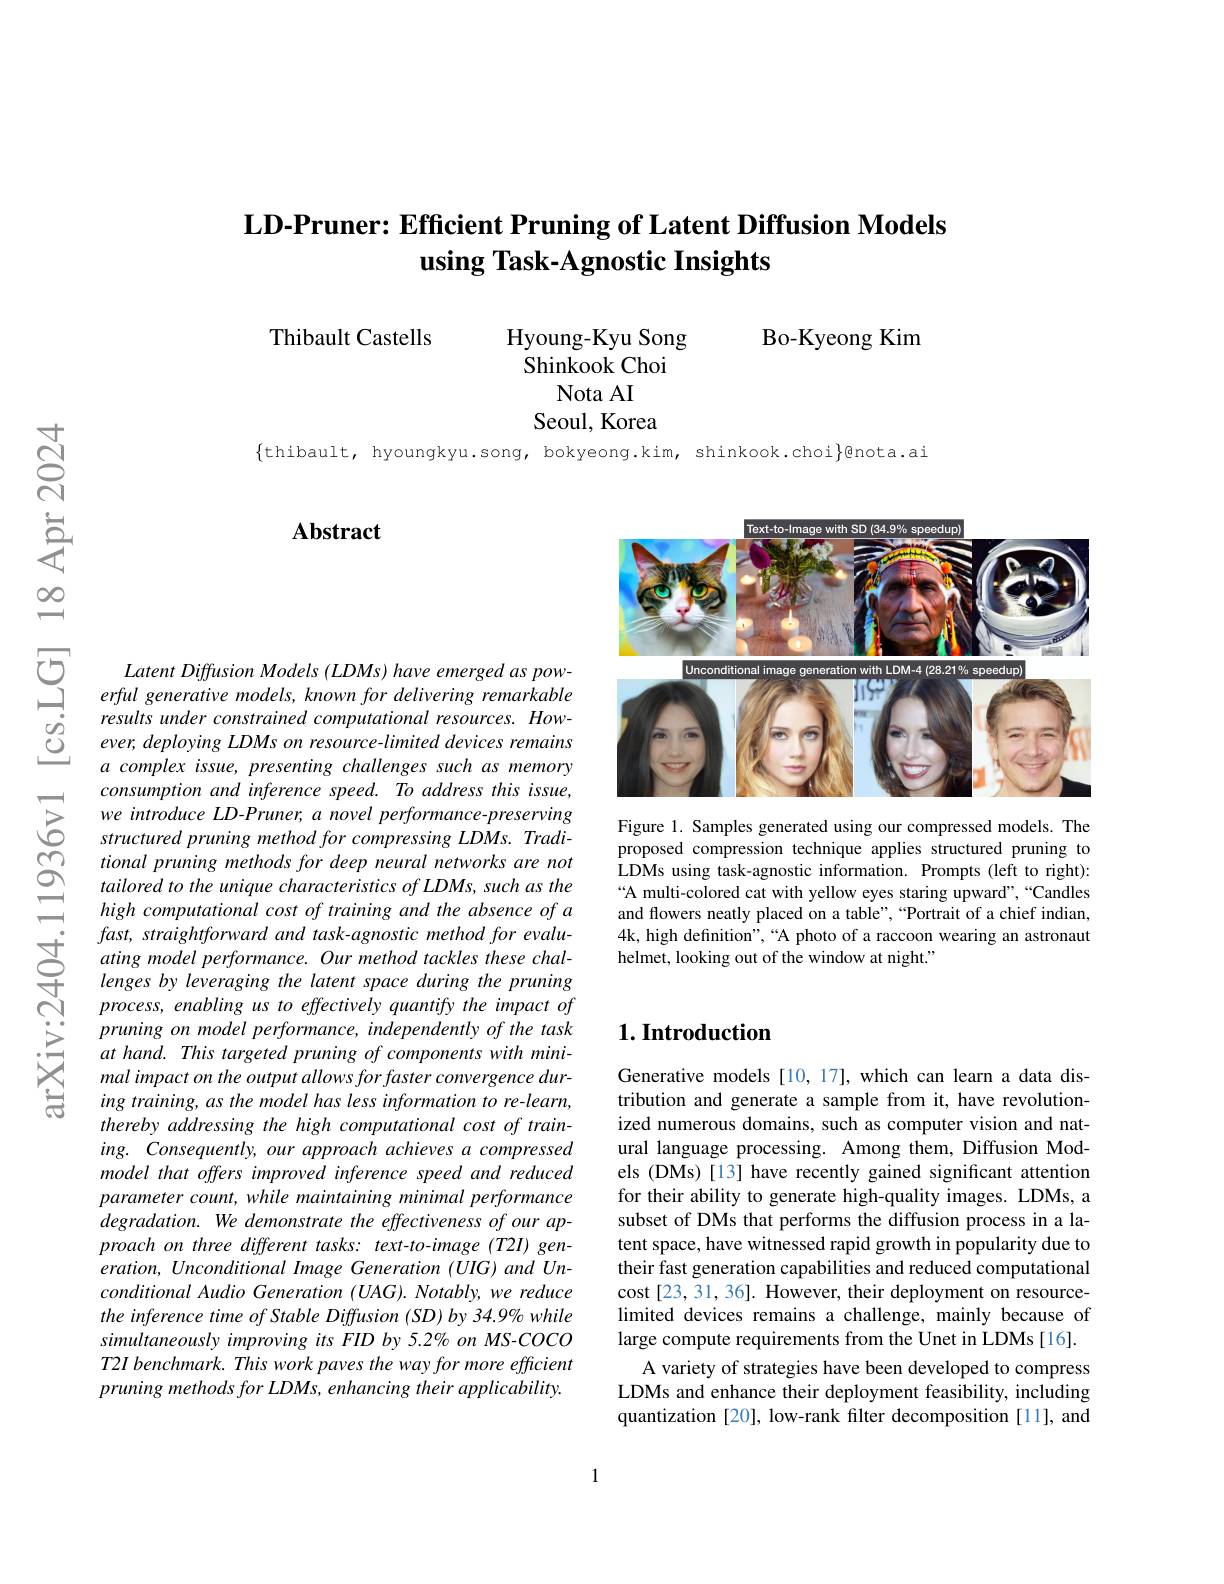
# LD-Pruner: Efficient Pruning of Latent Diffusion Models using Task-Agnostic Insights

Thibault Castells

Bo-Kyeong Kim

Hyoung-Kyu Song
Shinkook Choi
Nota AI
Seoul, Korea

$\{$thibault, hyoungkyu.song, bokyeong.kim, shinkook.choi}]@nota.ai

## $\mathbf{Abstract}$

<FigureHere>

Figure 1. Samples generated using our compressed models. The proposed compression technique applies structured pruning to LDMs using task-agnostic information. Prompts (left to right): A multi-colored cat with yellow eyes staring upward",“Candles and flowers neatly placed on a table",“Portrait of a chief indian, 4k, high definition",“A photo of a raccoon wearing an astronaut helmet, looking out of the window at night."

Latent Diffusion Models (LDMs) have emerged as powerful generative models, known for delivering remarkable results under constrained computational resources. However, deploying LDMs on resource-limited devices remains a complex issue, presenting challenges such as memory consumption and inference speed. To address this issue, we introduce LD-Pruner, a novel performance-preserving structured pruning method for compressing LDMs. Traditional pruning methods for deep neural networks are not tailored to the unique characteristics of LDMs, such as the high computational cost of training and the absence of a
$\sum_{\begin{array}{cc}{1}&{fast,~straightforward~and~task-agnostic~method~for~evalu-}\\{1}&{ating~model~performance.~Our~method~tackles~these~chal-}\\{1}&{lenges~by~leveraging~the~latent~space~during~the~pruning}\end{array}}$
process, enabling us to effectively quantify the impact of pruning on model performance, independently of the task at hand. This targeted pruning of components with minimal impact on the output allows for faster convergence during training, as the model has less information to re-learn, thereby addressing the high computational cost of training. Consequently, our approach achieves a compressed model that offers improved inference speed and reduced parameter count, while maintaining minimal performance $degradation.We$ demonstrate the effectiveness of our approach on three different tasks: text-to-image (T2I) generation, Unconditional Image Generation (UIG) and Unconditional Audio Generation (UAG). Notably, we reduce the inference time of Stable Diffusion (SD) by 34.9% while simultaneously improving its FID by 5.2% on MS-COCO T2I benchmark. This work paves the way for more efficient pruning methods for LDMs, enhancing their applicability.

## $1. \textbf{Introduction}$

Generative models[10,17],which can learn a data distribution and generate a sample from it, have revolutionized numerous domains, such as computer vision and natural language processing. Among them, Diffusion Models (DMs) [13] have recently gained significant attention for their ability to generate high-quality images. LDMs, a subset of DMs that performs the diffusion process in a latent space, have witnessed rapid growth in popularity due to their fast generation capabilities and reduced computational cost[23,31,36]. However, their deployment on resourcelimited devices remains a challenge, mainly because of large compute requirements from the Unet in LDMs[16].
A variety of strategies have been developed to compress LDMs and enhance their deployment feasibility, including quantization [20], low-rank filter decomposition [11], and

1